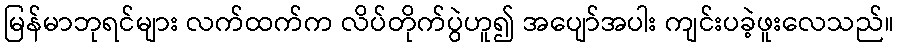
မြန်မာဘုရင်များ လက်ထက်က လိပ်တိုက်ပွဲဟူ၍ အပျော်အပါး ကျင်းပခဲ့ဖူးလေသည်။